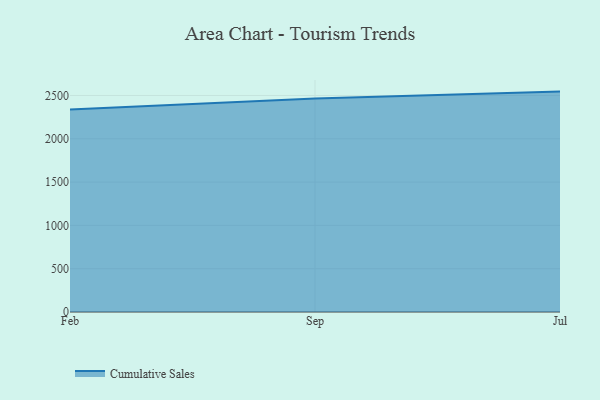
{"axis": {"x": "Month", "y": "Latency (ms)"}, "legend": ["Cumulative Sales"], "data": [{"x": "Feb", "y": 2337.3, "type": "Cumulative Sales"}, {"x": "Sep", "y": 2465.3, "type": "Cumulative Sales"}, {"x": "Jul", "y": 2544.7, "type": "Cumulative Sales"}]}